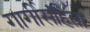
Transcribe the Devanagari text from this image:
गार्गीसंहिता